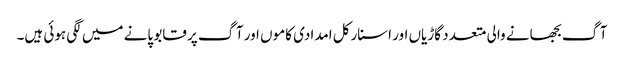
آگ بجھانے والی متعدد گاڑیاں اور اسنارکل امدادی کاموں اور آگ پر قابو پانے میں لگی ہوئی ہیں۔